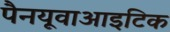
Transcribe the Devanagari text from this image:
पैनयूवाआइटिक